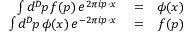
\begin{array} { r l r } { \int d ^ { D } \! p \, f ( p ) \, e ^ { 2 \pi i p \cdot x } } & { { } = } & { \phi ( x ) } \\ { \int d ^ { D } \! p \, \phi ( x ) \, e ^ { - 2 \pi i p \cdot x } } & { { } = } & { f ( p ) } \end{array}